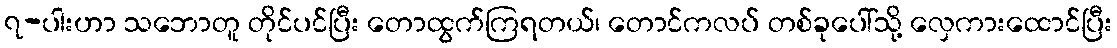
၇-ပါးဟာ သဘောတူ တိုင်ပင်ပြီး တောထွက်ကြရတယ်၊ တောင်ကလပ် တစ်ခုပေါ်သို့ လှေကားထောင်ပြီး